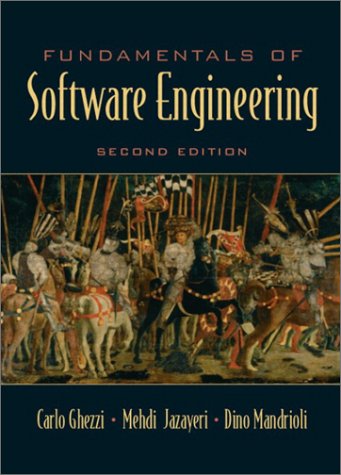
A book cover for Fundamentals of Software Engineering (2nd Edition); Carlo Ghezzi; Computers & Technology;